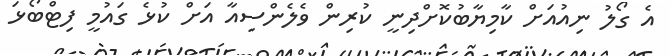
އެ ގޯލު ނިއުއަށް ކާމިޔާބުކޮށްދިނީ ކުރިން ވެލެންސިއާ އަށް ކުޅެ ގައުމީ ފިޓްބޯޅަ